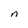
Character: n